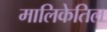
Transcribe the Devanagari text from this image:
मालिकेतिल